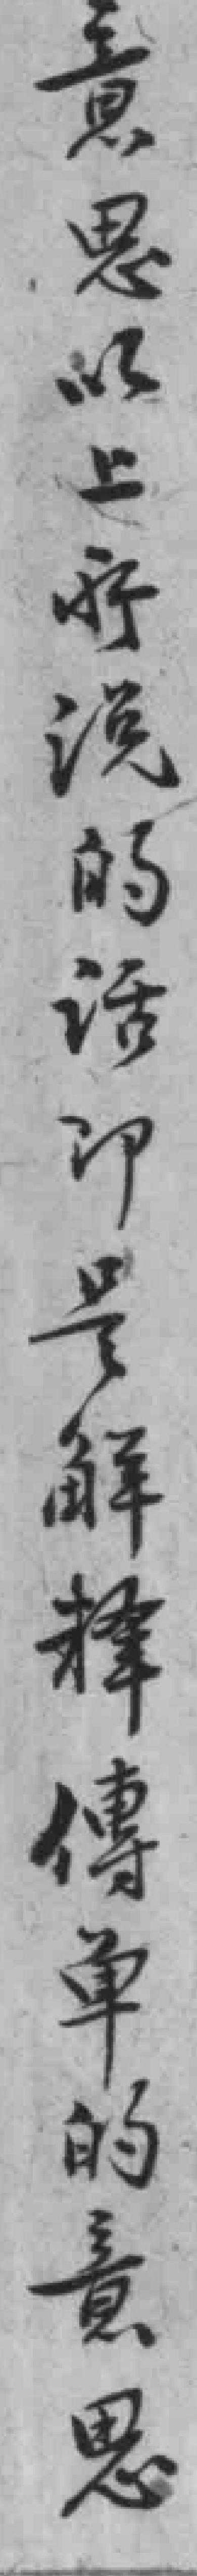
意思以上所說的話即是解釋傳单的意思